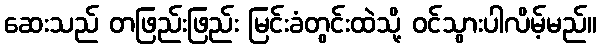
ဆေးသည် တဖြည်းဖြည်း မြင်းခံတွင်းထဲသို့ ဝင်သွားပါလိမ့်မည်။